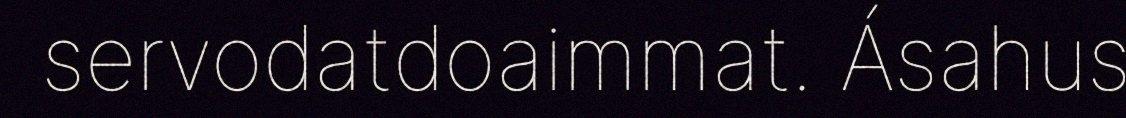
servodatdoaimmat. Ásahus